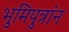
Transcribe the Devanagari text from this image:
भुमिपुत्रांन